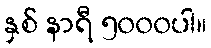
နှစ် နာရီ ၅၀၀၀ပါ။